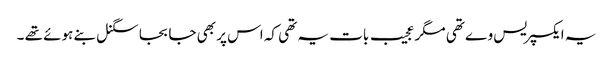
یہ ایکسپریس وے تھی مگر عجیب بات یہ تھی کہ اس پر بھی جا بجا سگنل بنے ہوئے تھے ۔